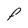
Character: F